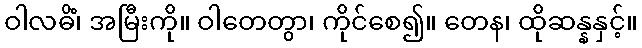
ဝါလဓိံ၊ အမြီးကို။ ဝါတေတွာ၊ ကိုင်စေ၍။ တေန၊ ထိုဆန္နနှင့်။